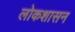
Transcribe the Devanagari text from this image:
लोकशासन